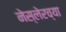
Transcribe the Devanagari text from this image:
नेस्लेरच्या